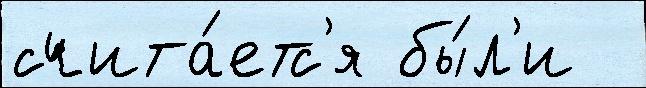
счита́етс'я бы́л'и